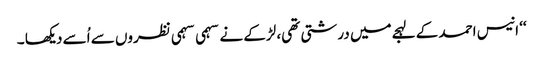
‘‘ انیس احمد کے لہجےمیں درشتی تھی، لڑکے نے سہمی سہمی نظروں سے اُسے دیکھا ۔